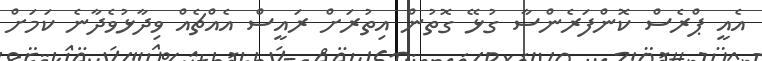
އެއީ ޕްރެސް ކޮންފަރެންސާ ގުޅޭ ގޮތުން އިތުރަށް ރައީސް އެއްޗެއް ވިދާޅުވެދާނެ ކަމަށް